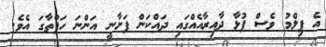
އެ ފިލްމު ވެސް ފުޅާ ދާއިރާއެއްގައި ދައްކަން ފަށާނީ އަންނަ ހަފްތާގަ އެވެ.